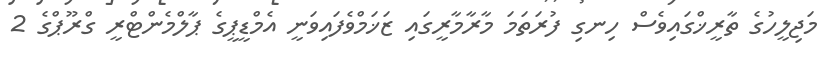
މަޖިލީހުގެ ތާރީޚްގައިވެސް ހިނގި ފުރަތަމަ މާރާމާރީގައި ޒަޚަމްވެފައިވަނީ އެމްޑީޕީގެ ޕާލްމެންޓްރީ ގްރޫޕްގެ 2